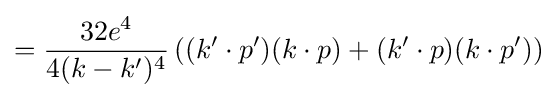
={\frac {32e^{4}}{4(k-k')^{4}}}\left((k'\cdot p')(k\cdot p)+(k'\cdot p)(k\cdot p')\right)